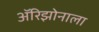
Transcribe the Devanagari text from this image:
अॅरिझोनाला